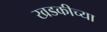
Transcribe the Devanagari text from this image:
खडकीच्या